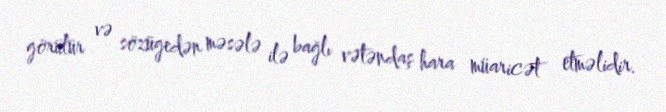
görülür və sözügedən məsələ ilə bağlı vətəndaş hara müaricət etməlidir.